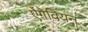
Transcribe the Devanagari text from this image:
ऐंगेवियन